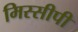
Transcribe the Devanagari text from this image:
मिस्सीपी